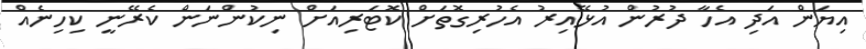
އިޔަން އަދި އެހާ ދުރުން އުޅޭއިރު އެހުރިގޮތަށް ކޮޓަރިއަށް ނިކުންނަން ކެރޭނީ ކިހިނެއް